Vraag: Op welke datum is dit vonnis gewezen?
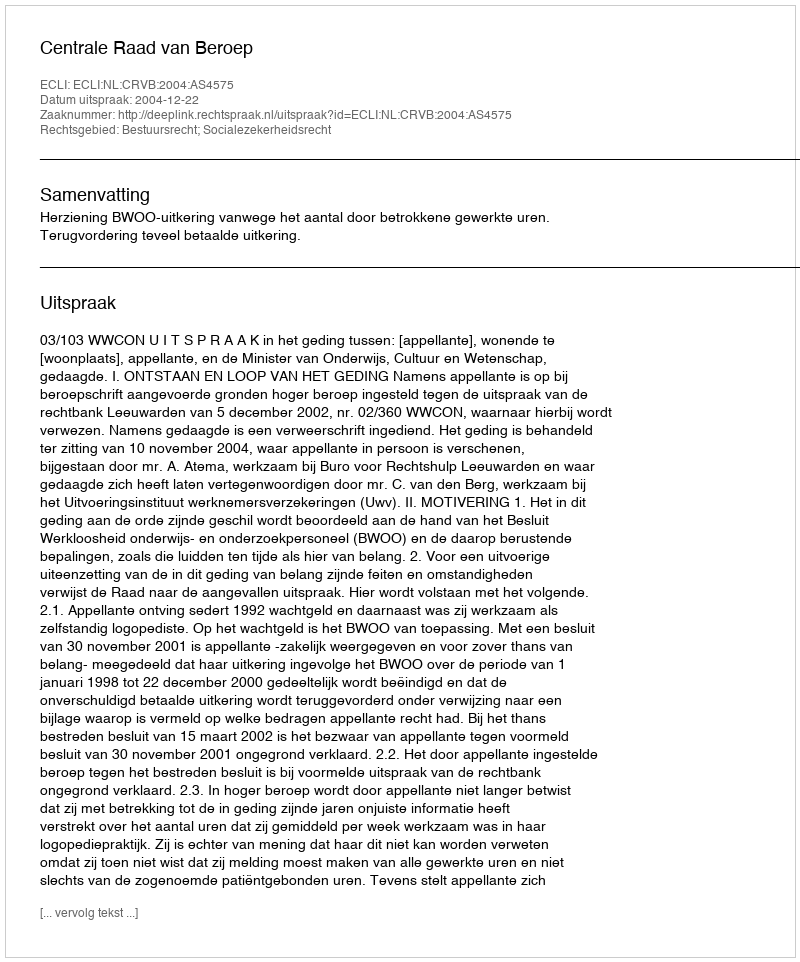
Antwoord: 2004-12-22